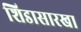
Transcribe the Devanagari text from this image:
शिडासारखा